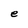
Character: e